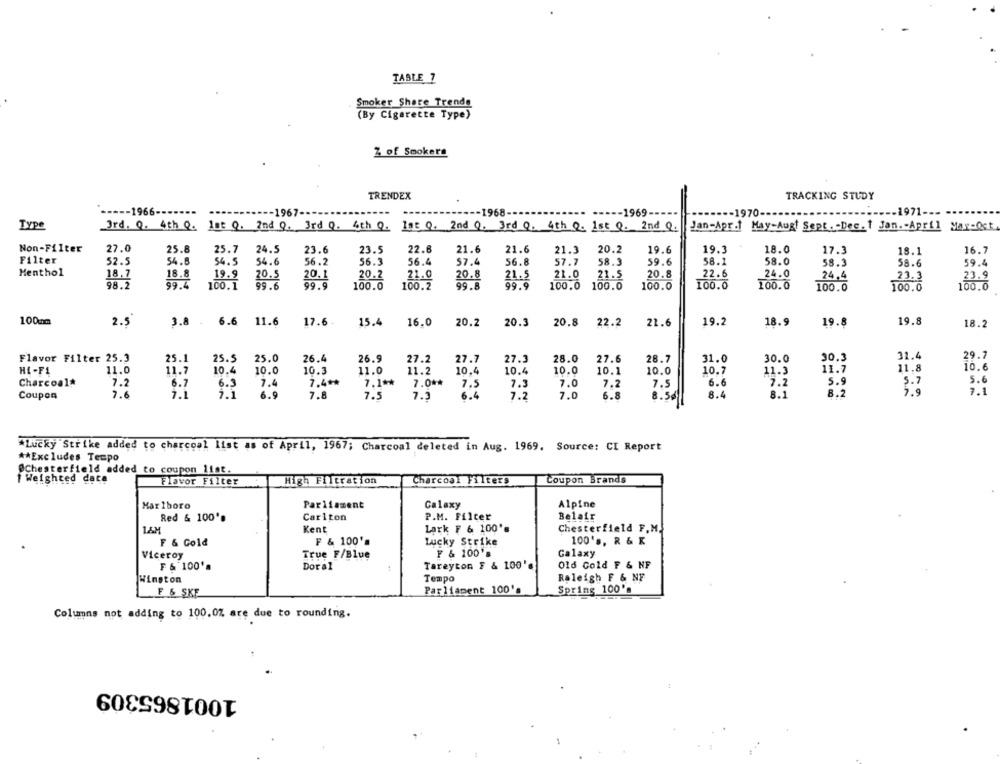
TABLE 7
Smoker Share Trende
(By Cigarette Type)
Z of Smokers
TRENDEX
TRACKING STUDY
-- 1966-
1967-
1968-
----- 1969-
-1971-
Type
3rd. Q. 4th Q. 1st Q. 2nd Q. 3rd Q. 4th Q.
1st Q. 2nd Q. 3rd Q. 4th Q. 1st Q. 2nd Q.
Jan-Apr.1 May-Augt Sept . - Dec. 1 Jan. - April
Mar-Oct.
Non-Filter
27.0
25.8
25.7
24.5
23.6
23.5
22.6
21.6
21.6
21.3
20.2
19.6
19.3
18.0
17.3
18.1
16.7
Filter
52.5
54.6
54.6
56.4
57.4
56.8
58.1
58.0
54.5
56.2
56.3
57.7
58.3
59.6
58.3
58.6
59.4
Menthol
18.7
18.8
19.9
20.5
20.1
20.2
21.0
20.8
21.5
21.0
21.5
20.8
22.6
24.0
24.4
23.3
23.9
98.2
99.4
100.1
99.6
99.9
100.0
100.2
99.8
99.9
100.0
100.0
100.0
100.0
100.0
100.0
100.0
100.0
100mm
3.8
6.6
17.6.
16.0
20.2
20.3
19.2
19.
2.5
11.6
15.4
20.8
22.2
21.6
18.9
19.8
18.
Flavor Filter 25.3
25.1
25.5
25.0
26.4
26.9
27.2
27.7
27.3
28.0
27.6
28.7
31.0
30.0
30.3
31.4
29.7
11.8
10.6
HI-FI
11.0
11.7
10.4
10.0
10.3
11.0
11.2
10.4
10.4
10.0
10.1
10.0
10.7
11.3
11.7
Charcoal
7.2
6.7
6.3
7.4
7.4+*
7.1 **
7.0 **
7.5
7.3
7.0
7.2
7.5
6.6
7.7
5.9
5.7
5.6
Coupon
7.6
7.1
7.1
6.9
7.8
7.5
7.3
6.4
7.2
7.0
6.8
8.5g
8.4
8.1
8.2
7.9
7.1
*Lucky Strike added to charcoal list as of April, 1967; Charcoal deleted in Aug. 1969. Source: CI Report
** Excludes Tempo
ØChesterfield added to coupon list.
I Weighted data
Flavor Filter
High Filtration
Charcoal Filters
Coupon Brands
Marlboro
Parliament
Galaxy
Alpine
Red & 100'%
Cariton
P.M. Filter
Belair
Kent
Lark F & 100's
Chesterfield F.M.
F & Gold
F & 100'
Lucky Strike
100's, R & K
Viceroy
True F/Blue
F & 100's
Galaxy
₣ & 100'
Doral
Tareyton F & 100'
Old Cold F & NF
Winston
Tempo
Raleigh F & NF
Parliament 100's
F & SKE
Spring 100's
Columns not adding to 100.0% are due to rounding.
1001865309